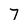
Character: 7